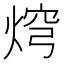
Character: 焪